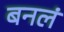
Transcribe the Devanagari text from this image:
बनलं